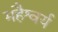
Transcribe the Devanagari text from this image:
महैश्वर्य